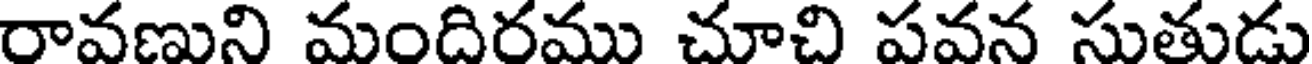
రావణుని మందిరము చూచి పవన సుతుడు